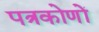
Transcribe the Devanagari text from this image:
पत्रकोणों